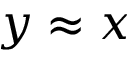
y \approx x